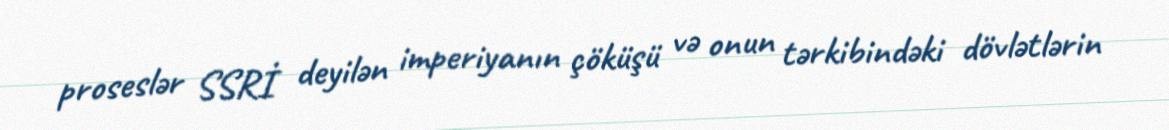
proseslər SSRİ deyilən imperiyanın çöküşü və onun tərkibindəki dövlətlərin